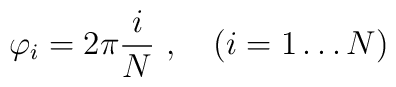
\varphi_i = 2\pi \frac{i}{N} \ , \quad (i=1 \dots N)